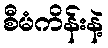
စီမံကိန်းနဲ့